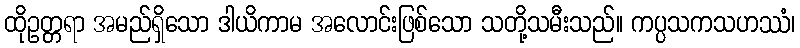
ထိုဥတ္တရာ အမည်ရှိသော ဒါယိကာမ အလောင်းဖြစ်သော သတို့သမီးသည်။ ကပ္ပသကသဟဿံ၊